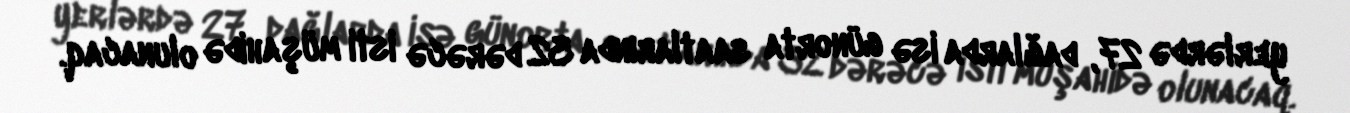
yerlərdə 27, dağlarda isə günorta saatlarında 32 dərəcə isti müşahidə olunacaq.